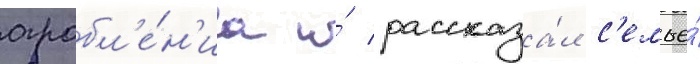
ограбл'е́н'иа и́ рассказа́л с'емье́